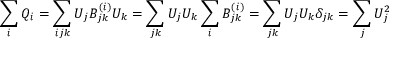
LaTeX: \sum _ { i } Q _ { i } = \sum _ { i j k } U _ { j } B _ { j k } ^ { ( i ) } U _ { k } = \sum _ { j k } U _ { j } U _ { k } \sum _ { i } B _ { j k } ^ { ( i ) } = \sum _ { j k } U _ { j } U _ { k } \delta _ { j k } = \sum _ { j } U _ { j } ^ { 2 }